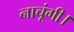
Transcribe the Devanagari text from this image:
नाचूंगी।